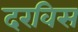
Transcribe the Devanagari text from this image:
दरविस